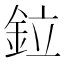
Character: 鉝